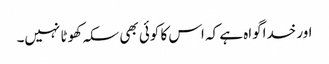
اور خداگواہ ہے کہ اس کا کوئی بھی سکہ کھوٹا نہیں۔